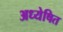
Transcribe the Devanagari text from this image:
अध्येषित